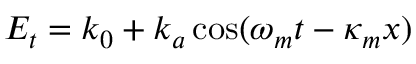
E _ { t } = k _ { 0 } + k _ { a } \cos ( \omega _ { m } t - \kappa _ { m } x )